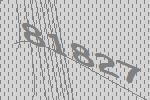
81827